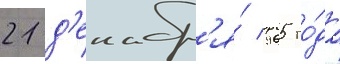
21 д'екабр'я́ 1965 го́да